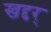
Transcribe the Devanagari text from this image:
खद्दर्